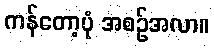
ကန်တော့ပုံ အစဉ်အလာ။